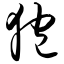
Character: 狍